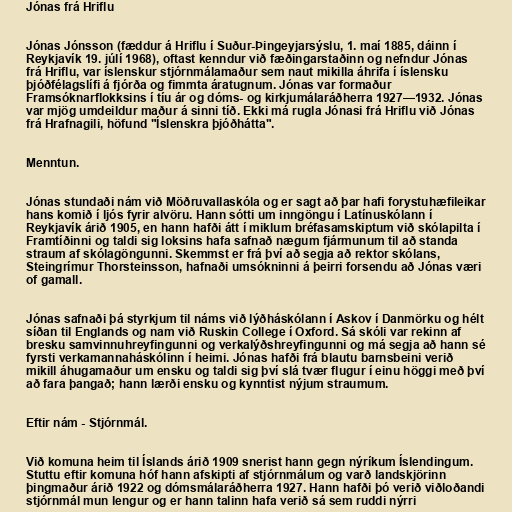
Jónas frá Hriflu

Jónas Jónsson (fæddur á Hriflu í Suður-Þingeyjarsýslu, 1. maí 1885, dáinn í
Reykjavík 19. júlí 1968), oftast kenndur við fæðingarstaðinn og nefndur Jónas
frá Hriflu, var íslenskur stjórnmálamaður sem naut mikilla áhrifa í íslensku
þjóðfélagslífi á fjórða og fimmta áratugnum. Jónas var formaður
Framsóknarflokksins í tíu ár og dóms- og kirkjumálaráðherra 1927—1932. Jónas
var mjög umdeildur maður á sinni tíð. Ekki má rugla Jónasi frá Hriflu við Jónas
frá Hrafnagili, höfund "Íslenskra þjóðhátta".

Menntun.

Jónas stundaði nám við Möðruvallaskóla og er sagt að þar hafi forystuhæfileikar
hans komið í ljós fyrir alvöru. Hann sótti um inngöngu í Latínuskólann í
Reykjavík árið 1905, en hann hafði átt í miklum bréfasamskiptum við skólapilta í
Framtíðinni og taldi sig loksins hafa safnað nægum fjármunum til að standa
straum af skólagöngunni. Skemmst er frá því að segja að rektor skólans,
Steingrímur Thorsteinsson, hafnaði umsókninni á þeirri forsendu að Jónas væri
of gamall.

Jónas safnaði þá styrkjum til náms við lýðháskólann í Askov í Danmörku og hélt
síðan til Englands og nam við Ruskin College í Oxford. Sá skóli var rekinn af
bresku samvinnuhreyfingunni og verkalýðshreyfingunni og má segja að hann sé
fyrsti verkamannaháskólinn í heimi. Jónas hafði frá blautu barnsbeini verið
mikill áhugamaður um ensku og taldi sig því slá tvær flugur í einu höggi með því
að fara þangað; hann lærði ensku og kynntist nýjum straumum.

Eftir nám - Stjórnmál.

Við komuna heim til Íslands árið 1909 snerist hann gegn nýríkum Íslendingum.
Stuttu eftir komuna hóf hann afskipti af stjórnmálum og varð landskjörinn
þingmaður árið 1922 og dómsmálaráðherra 1927. Hann hafði þó verið viðloðandi
stjórnmál mun lengur og er hann talinn hafa verið sá sem ruddi nýrri